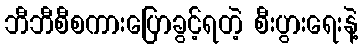
ဘီဘီစီစကားပြောခွင့်ရတဲ့ စီးပွားရေးနဲ့